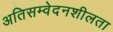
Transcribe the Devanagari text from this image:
अतिसम्वेदनशीलता